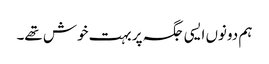
ہم دونوں ایسی جگہ پر بہت خوش تھے۔